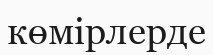
көмірлерде